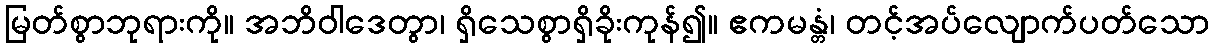
မြတ်စွာဘုရားကို။ အဘိဝါဒေတွာ၊ ရှိသေစွာရှိခိုးကုန်၍။ ဧကမန္တံ၊ တင့်အပ်လျောက်ပတ်သော